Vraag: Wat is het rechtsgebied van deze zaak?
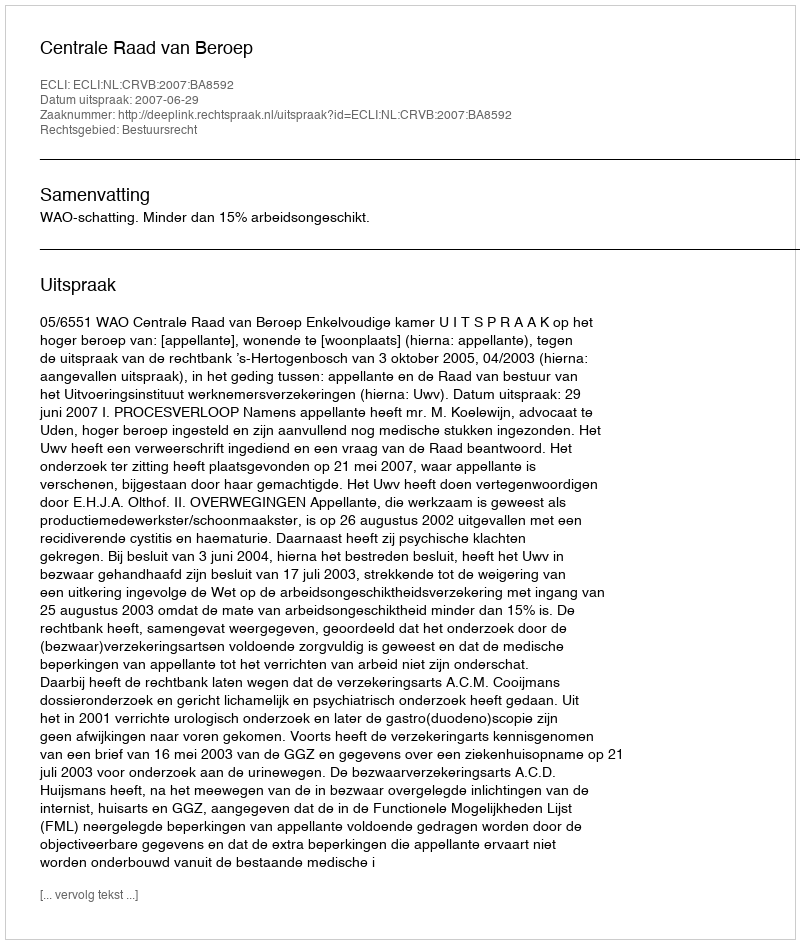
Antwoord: Bestuursrecht